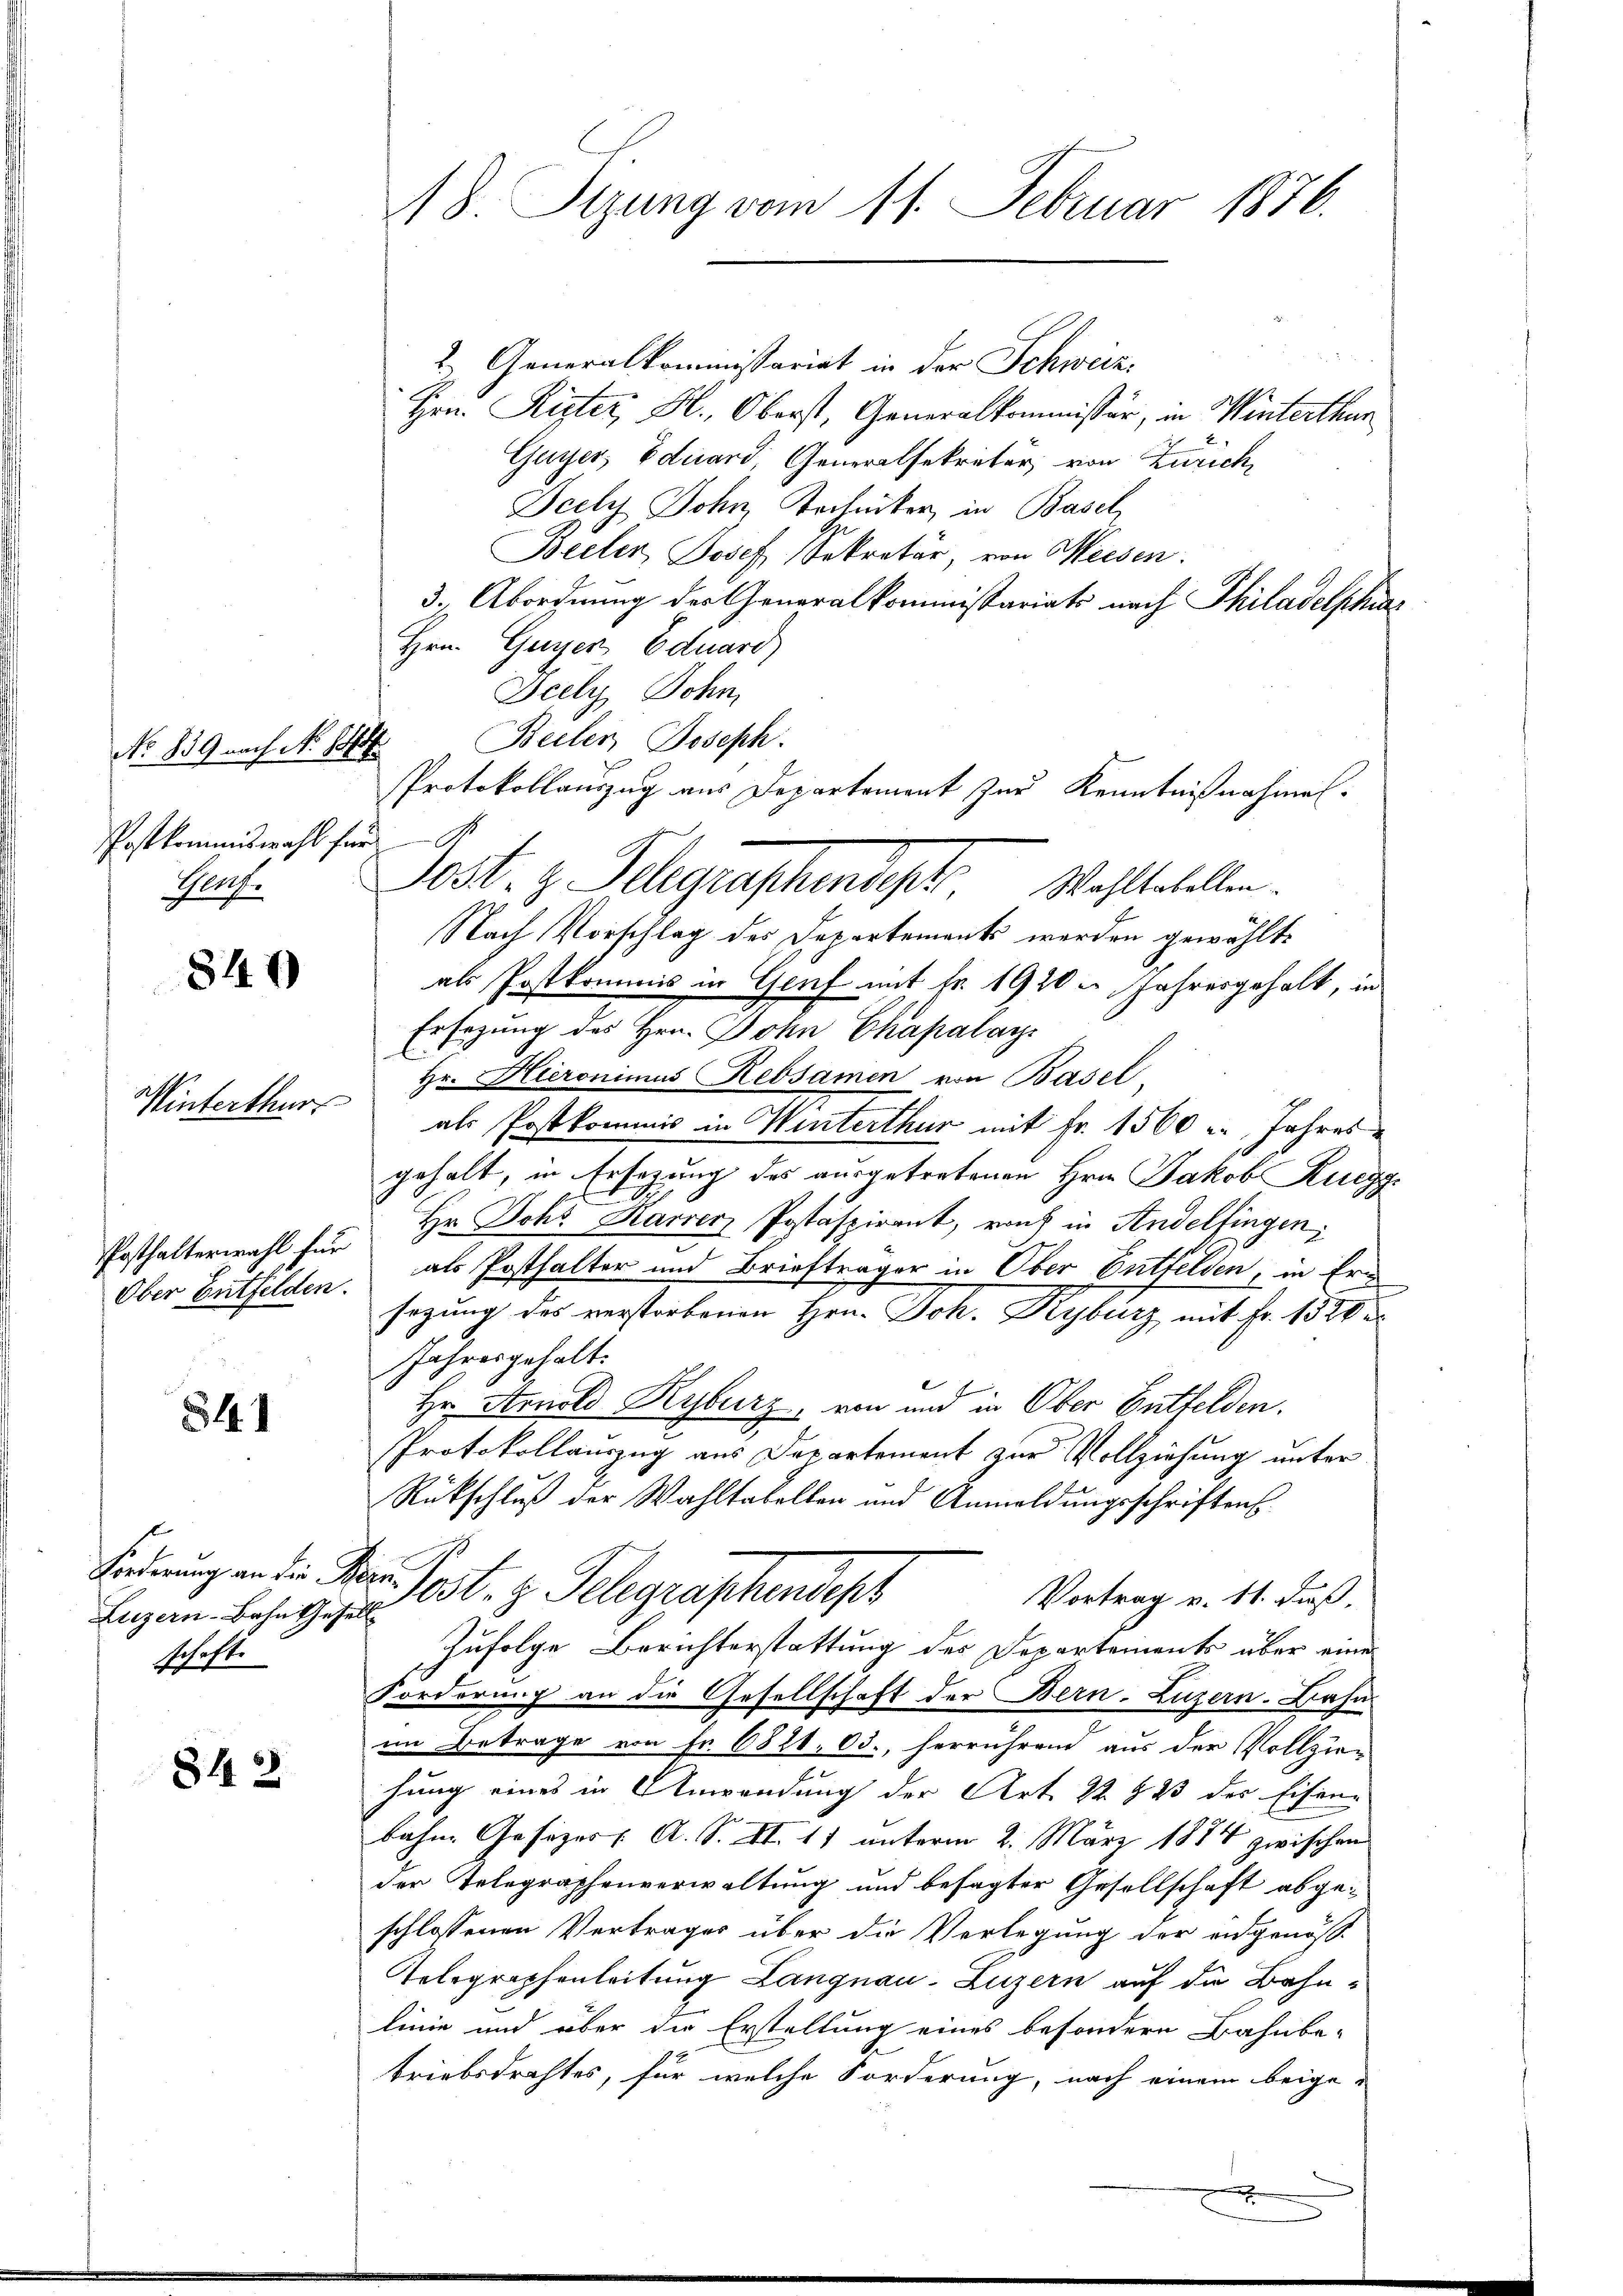
No 859 nach No. 1844.
Postkommiswahl für d
Prof.

840

Winterthur

Posthalterwahl für

841

842

Luzern-Bahn Gesell
schafte

18. Sizung vom 11. Februar 1876.

2.) Generalkommissariat in der Schweize
Hrn. Kister, H., Oberst, Generalkommissär, in Winterthur
Guyer, Eduard, Generalsekretär, von Zürich,
Dech John Techniker, in Basel
Beiler Josef Sekretär, von Wiesen.
3.) Abordnung der Generalkommissariats nach Philadelschwar
Hrn. Guyer Eduard
Beely, Sohn,
Beiler, Joseph.
Protokollauszug aus Departement zur Kenntnißnahmen.
Nach Vorschlag des Departements werden gewählte
als Postkommis in Genf mit fr. 1920. Jahresgehalt, in
Ersezung des Hrn. Dohn Chapalay
Hr. Hieronimus Rebsamen von Basel
als Postkommis in Winterthur mit Fr. 1560 u. Jahres
gehalt, in Ersezung des ausgetretenen Hrn. Jakob Ruegg
Hr. Johs. Karrer Postaspirant, rauh in Andelfingen,
Ober Entfelden, als Posthalter und Briefträger in Ober Entfelden, in Ern
sagung des verstorbenen Hrn. Joh. Kyburz, mit Fr. 1520 u
Jahresgehalt.
Hr. Arnold Kyburg, von und in Ober Entfelden.
Protokollauszug aus Departement zur Vollziehung unter
Rückschluß der Wahltabellen und Anmeldungsschriften
Forderung an die Herr Post. z. Telegraphendept
Vortrag v. 11. daß,
Zufolge Berichterstattung des Departements über eine
Forderung an die Gesellschaft der Bern-Luzern. Bahnim Betrage von Fr. 6821, 03., herrührend aus der Vollzie-
hung eines in Anwendung der Art. 22 § 23 des Eisenbahne Gesetzes, A. S. XI. 11 unterm 2. März 1884 zwischen
der Telegraphenverwaltung und besagter Gesellschaft abgeschlossenen Vertrages über die Verlegung der eidgenöß¬
Telegraphenleitung Langnau-Luzern auf die Bahnlinie und über die Erstellung eines besondere Bahnbe-
triebsdrahtes, für welche Forderung, nach einem beige-

Dost. z. Telegraschendet. Wahlbehalten.